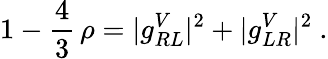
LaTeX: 1-\frac{4}{3}\, \rho=|g_{RL}^{V}|^{2}+|g_{LR}^{V}|^{2}~.